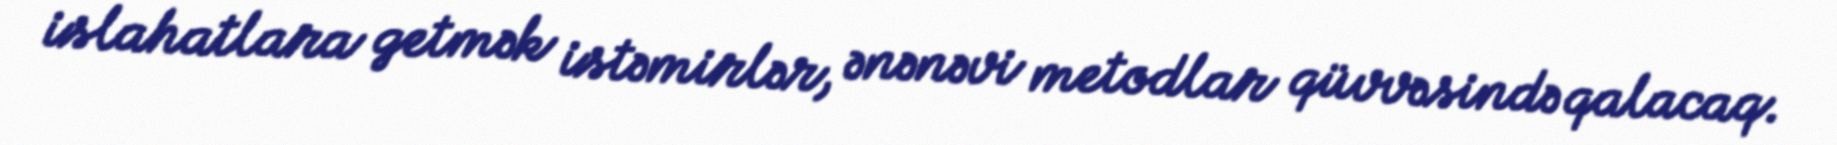
islahatlara getmək istəmirlər, ənənəvi metodlar qüvvəsində qalacaq.